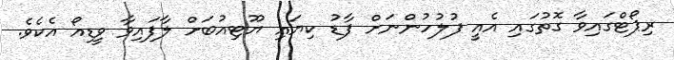
ރިޕޯޓްގައިވާ ގޮތުގައި އެއީ ފުލުހުންނަށް ފާޑު ކިޔައި ޔޫޓިއުބަށް ލާފައިވާ ވީޑިއޯ އެކެވެ.